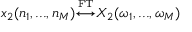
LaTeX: x _ { 2 } ( n _ { 1 } , . . . , n _ { M } ) { \overset { \underset { \mathrm { F T } } { } } { \longleftrightarrow } } X _ { 2 } ( \omega _ { 1 } , . . . , \omega _ { M } )